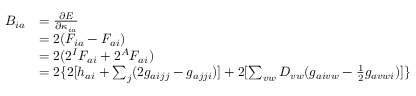
\begin{array} { r l } { B _ { i a } } & { = \frac { \partial E } { \partial \kappa _ { i a } } } \\ & { = 2 ( F _ { i a } - F _ { a i } ) } \\ & { = 2 ( 2 ^ { I } F _ { a i } + 2 ^ { A } F _ { a i } ) } \\ & { = 2 \{ 2 [ h _ { a i } + \sum _ { j } ( 2 g _ { a i j j } - g _ { a j j i } ) ] + 2 [ \sum _ { v w } D _ { v w } ( g _ { a i v w } - \frac { 1 } { 2 } g _ { a v w i } ) ] \} } \end{array}